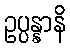
ဥပ္ပန္နာနိ